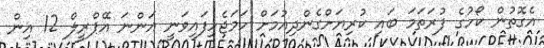
އެގޮތުން ކޯހުގެ ފުރަތަމަ ބައި ކުރިޔަށްގެންދިއުމަށް ހަމަޖެހިފައިވަނީ އަންނަ އޭޕްރީލް 12 އިން